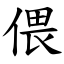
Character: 偎